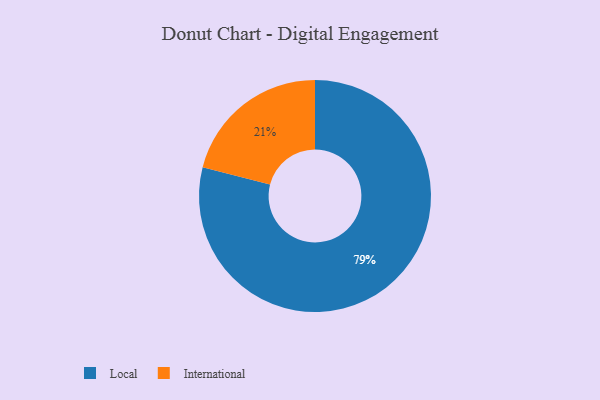
{"axis": {"x": "Category", "y": "Percentage"}, "legend": ["International", "Local"], "data": [{"x": "Local", "y": 79, "type": "Local"}, {"x": "International", "y": 21, "type": "International"}]}